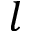
l